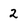
Character: 2